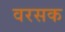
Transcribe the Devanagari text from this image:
वरसक